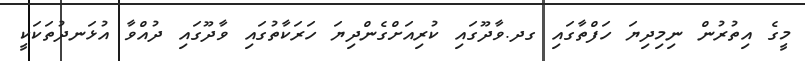
މީގެ އިތުރުން ނިމިދިޔަ ހަފްތާގައި ގދ.ވާދޫގައި ކުރިއަށްގެންދިޔަ ހަރަކާތުގައި ވާދޫގައި ދުއްވާ އުޅަނދުތަކަކީ